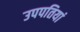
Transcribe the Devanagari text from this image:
उपपतियां